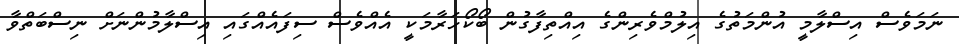
ނަމަވެސް އިސްލާމީ އުންމަތުގެ އިލުމްވެރިންގެ އިއްތިފާގުން ބޯކޯހަރާމަކީ އެއްވެސް ސިފައެއްގައި އިސްލާމުންނަށް ނިސްބަތްވާ